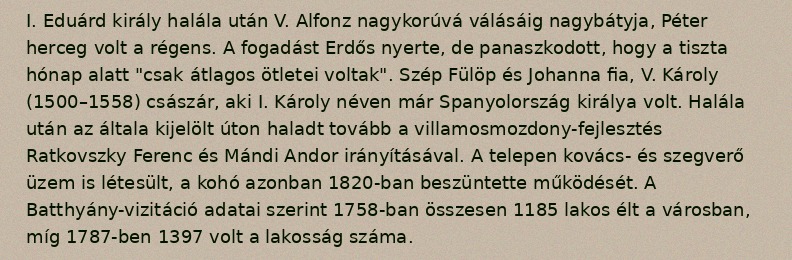
I. Eduárd király halála után V. Alfonz nagykorúvá válásáig nagybátyja, Péter herceg volt a régens. A fogadást Erdős nyerte, de panaszkodott, hogy a tiszta hónap alatt "csak átlagos ötletei voltak". Szép Fülöp és Johanna fia, V. Károly (1500–1558) császár, aki I. Károly néven már Spanyolország királya volt. Halála után az általa kijelölt úton haladt tovább a villamosmozdony-fejlesztés Ratkovszky Ferenc és Mándi Andor irányításával. A telepen kovács- és szegverő üzem is létesült, a kohó azonban 1820-ban beszüntette működését. A Batthyány-vizitáció adatai szerint 1758-ban összesen 1185 lakos élt a városban, míg 1787-ben 1397 volt a lakosság száma.